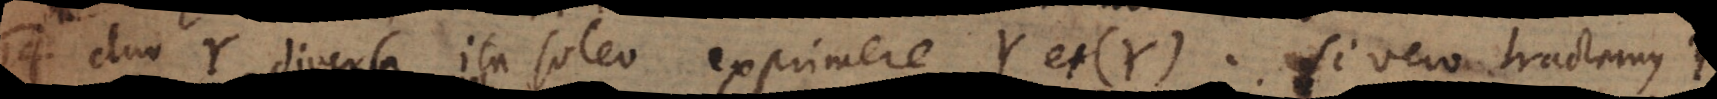
14) Duo Y diversa ita soleo exprimere Y et (Y). Si vero tractemus